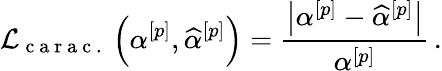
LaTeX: \mathcal{L}_{\mathrm{~c~a~r~a~c~.~}}\left(\alpha^{[p]},\widehat{\alpha}^{[p]}\right)=\frac{\big|\alpha^{[p]}-\widehat{\alpha}^{[p]}\big|}{\alpha^{[p]}}\, .